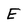
Character: E